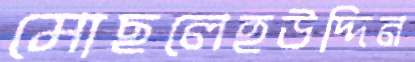
মোছলেহউদ্দিন